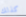
كذلك